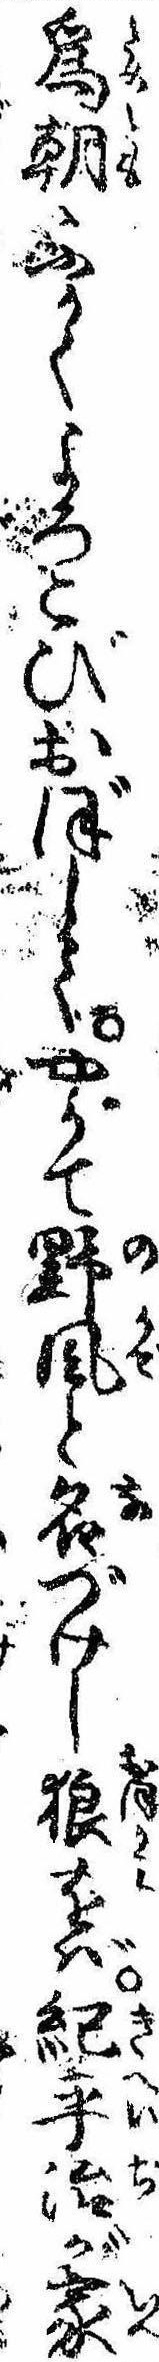
為朝ふかくよろこびおぼしてやがて野風と名づけし狼をば紀平治が家